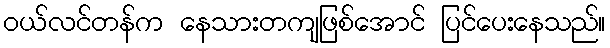
ဝယ်လင်တန်က နေသားတကျဖြစ်အောင် ပြင်ပေးနေသည်။